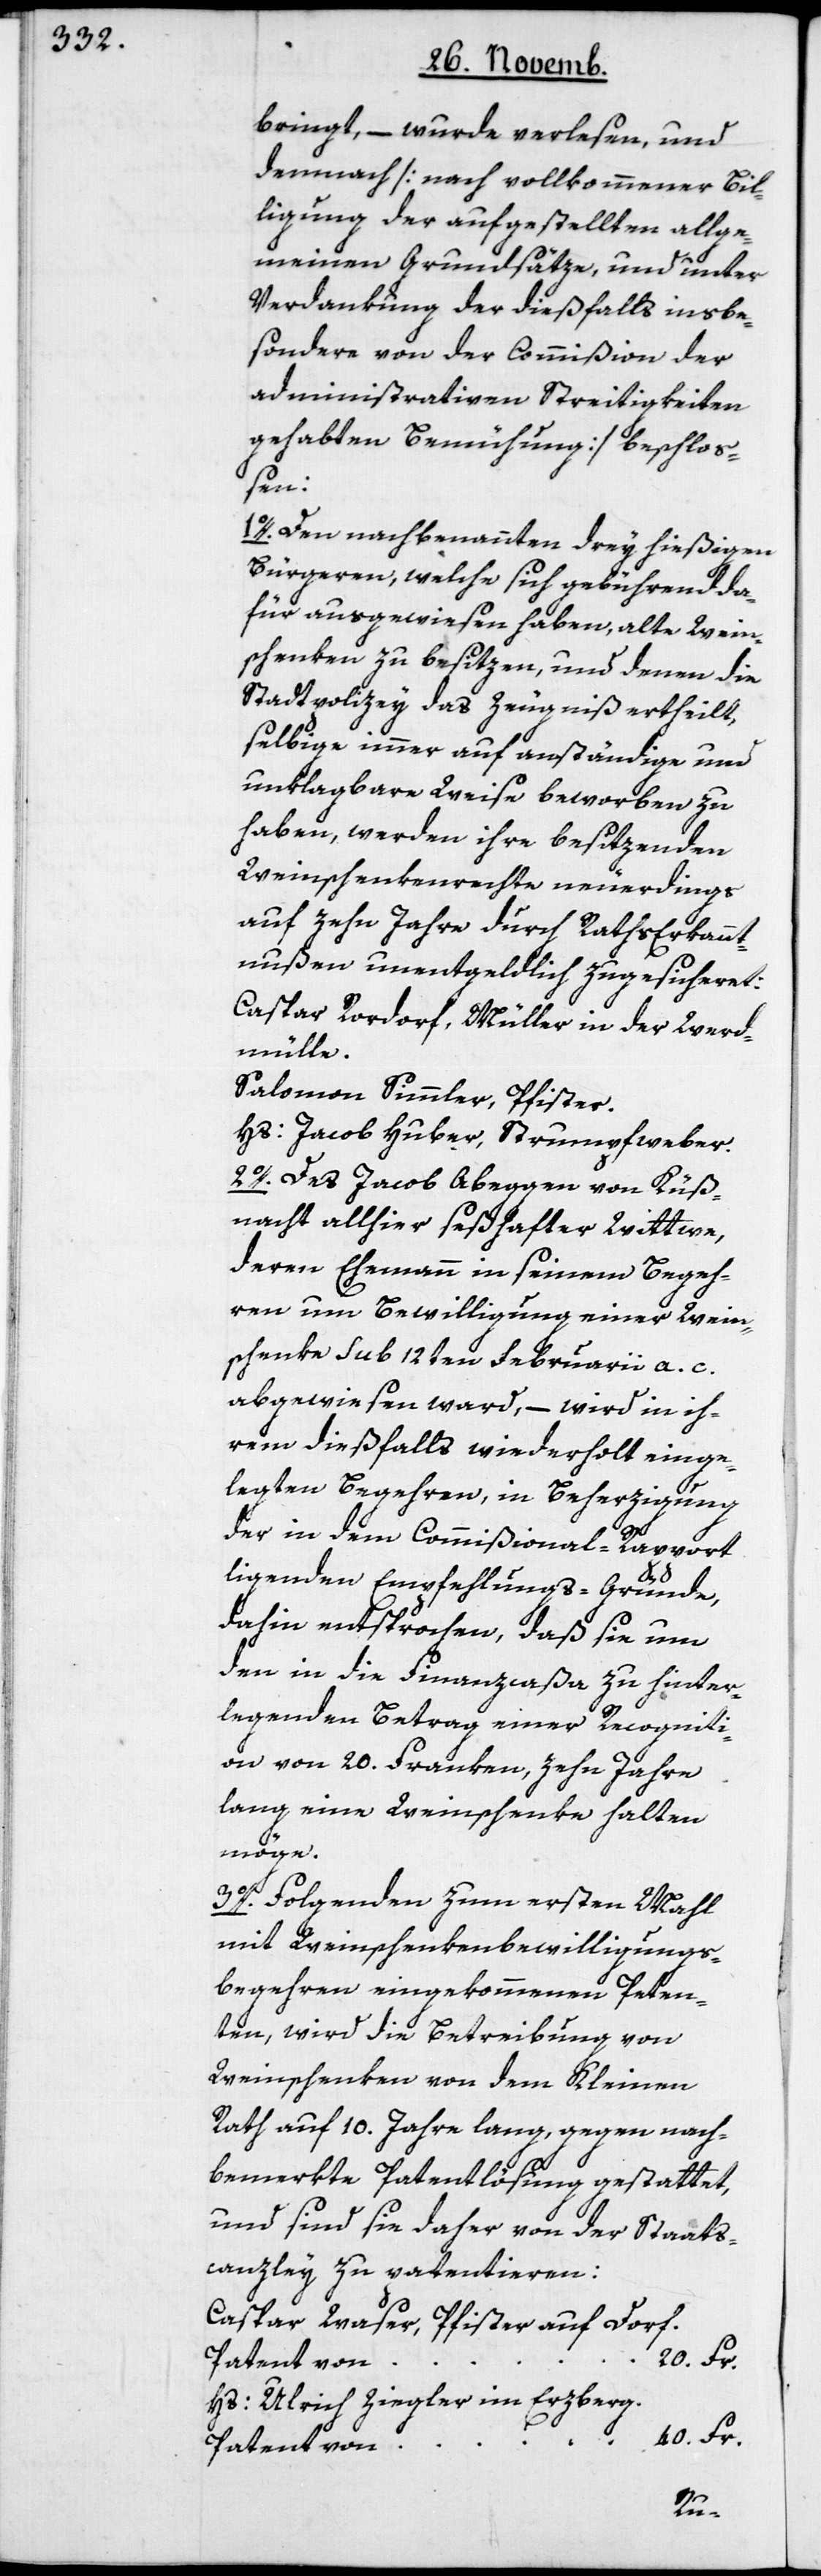
bringt, – wurde verlesen, und
demnach [nach vollkommener Bil¬
ligung der aufgestellten allge¬
meinen Grundsätze und unter
Verdankung der dießfalls insbe¬
sondere von der Commißion der
administrativen Streitigkeiten
gehabten Bemühung] beschloß¬
en:
1o. Den nachbenannten drey hießigen
Bürgeren, welche sich gebührend da¬
für ausgewiesen haben, alte Wein¬
schenken zu besitzen, und denen die
Stadtpolizey das Zeugniß ertheilt,
selbige immer auf anständige und
unklagbare Weise beworben zu
haben, werden ihre besitzenden
Weinschenkenrechte neuerdings
auf zehn Jahre durch Raths Erkannt¬
nußen unentgeldlich zugesicheret:
Caspar Rordorf, Müller in der Werd¬
mülle.
Salomon Simmler, Pfister.
Hs. Jacob Huber, Strumpfweber.
2o. Des Jacob Abeggen von Küß¬
nacht allhier seßhafter Wittwe,
deren Ehemann in seinem Begeh¬
ren um Bewilligung einer Wein¬
schenke sub 12ten Februarii a. c.
abgewiesen ward, wird in ih¬
rem dießfalls wiederholt einge¬
legten Begehren, in Beherzigung
der in dem Commißional-Rapport
liegenden Empfehlungs-Gründe,
dahin entsprochen, daß sie um
den in die Finanzcaßa zu hinter¬
legenden Betrag einer Recogniti¬
on von 20. Franken, zehn Jahre
lang eine Weinschenke halten
möge.
3o. Folgenden zum ersten Mahl
mit Weinschenkenbewilligungs¬
begehren eingekommenen Peten¬
ten, wird die Betreibung von
Weinschenken von dem Kleinen
Rath auf 10. Jahre lang, gegen nach¬
bemerkte Patentlösung gestattet,
und sind sie daher von der Staats¬
canzley zu patentieren:
Caspar Waser, Pfister auf Dorf.
20. Fr.
Hs. Ulrich Ziegler im Erzberg.
40. Fr.
Patent von